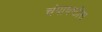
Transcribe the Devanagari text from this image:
चंपाषष्ठीस